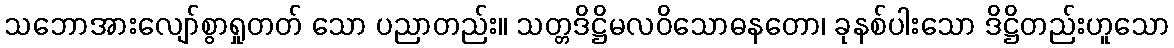
သဘောအားလျော်စွာရှုတတ် သော ပညာတည်း။ သတ္တဒိဋ္ဌိမလဝိသောဓနတော၊ ခုနစ်ပါးသော ဒိဋ္ဌိတည်းဟူသော